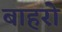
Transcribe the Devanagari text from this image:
बाहरो